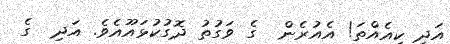
އަދި ކިއެއްތަ! އެއުރެން  ގެ ވަގުތު ދޮގުކުޅައޫއެވެ. އަދި  ގެ